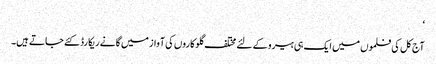
‘
آج کل کی فلموں میں ایک ہی ہیرو کے لئے مختلف گلوکاروں کی آواز میں گانے ریکارڈ کئے جاتے ہیں۔